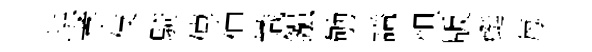
珙孝伎騎傳伸幟鏹劬謚怛版蜓每